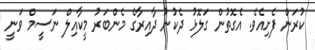
ކުރަން ފެށިއެވެ. އެގޮތުން ގަލޮޅު ދެކުނު ދާއިރާގެ މެންބަރު މީކާއިލް ނަސީމް ވަނީ